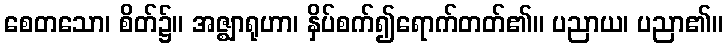
စေတသော၊ စိတ်၌။ အဇ္ဈာရုဟာ၊ နှိပ်စက်၍ရောက်တတ်၏။ ပညာယ၊ ပညာ၏။